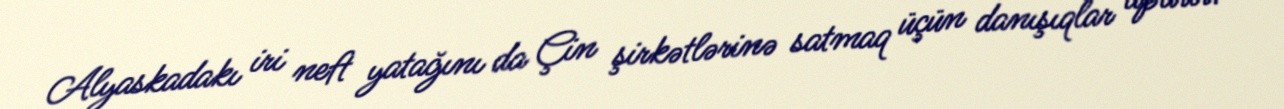
Alyaskadakı iri neft yatağını da Çin şirkətlərinə satmaq üçün danışıqlar aparır.